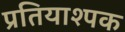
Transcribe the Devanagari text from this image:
प्रतियाश्पक